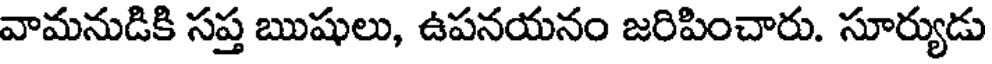
వామనుడికి సప్త ఋషులు, ఉపనయనం జరిపించారు. సూర్యుడు